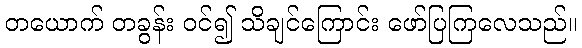
တယောက် တခွန်း ဝင်၍ သိချင်ကြောင်း ဖော်ပြကြလေသည်။